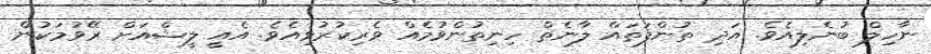
ނާހިލް ބުނެލިއެވެ. އަދި ތުންފަތައް ލާނެތް ހިނިތުންވުމެއް ވެރިކުރުވިއެވެ. އެއީ ލީޝްއަށް ރޭވުމަކުން